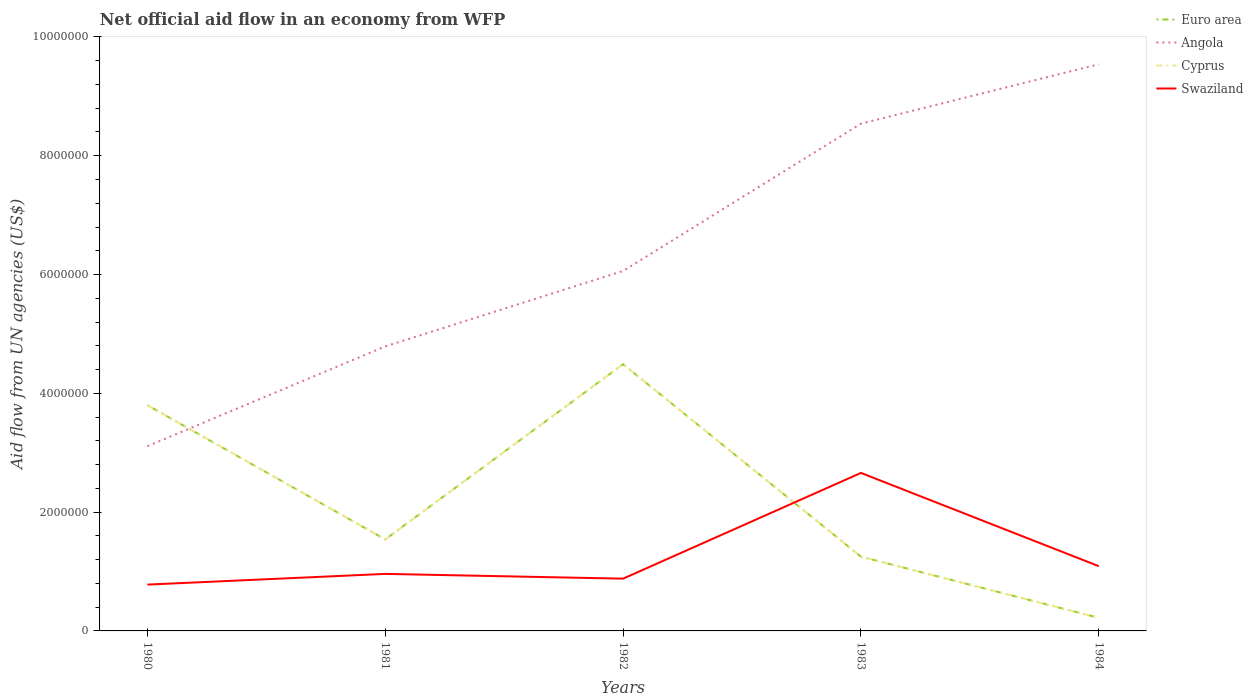
| Years | Euro area | Angola | Cyprus | Swaziland |
 | --- | --- | --- | --- | --- |
 | 1980 | 3.8e+06 | 3.11e+06 | 3.8e+06 | 7.8e+05 |
 | 1981 | 1.54e+06 | 4.79e+06 | 1.54e+06 | 9.6e+05 |
 | 1982 | 4.49e+06 | 6.06e+06 | 4.49e+06 | 8.8e+05 |
 | 1983 | 1.25e+06 | 8.54e+06 | 1.25e+06 | 2.66e+06 |
 | 1984 | 2.2e+05 | 9.54e+06 | 2.2e+05 | 1.09e+06 |